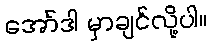
အော်ဒါ မှာချင်လို့ပါ။